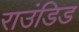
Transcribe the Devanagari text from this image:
राउंडिड